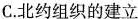
C.北约组织的建立